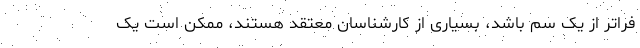
فراتر از یک سم باشد، بسیاری از کارشناسان معتقد هستند، ممکن است یک